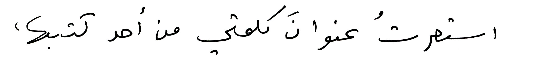
استعرتُ عنوانَ كلمتي من أحد كتبها،